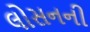
લોસનની